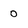
Character: 0